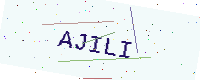
Text: AJILI